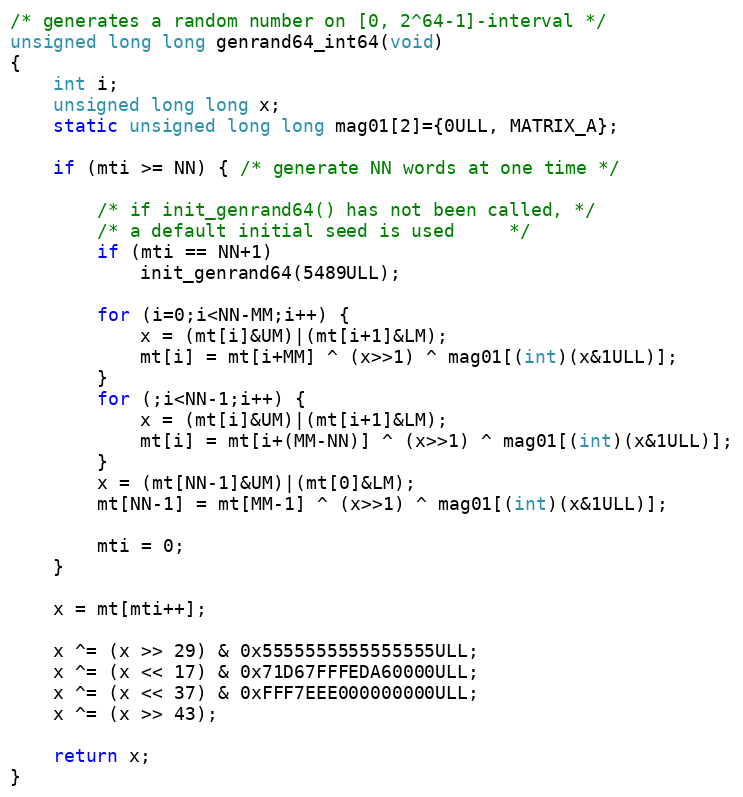
Language: C
/* generates a random number on [0, 2^64-1]-interval */
unsigned long long genrand64_int64(void)
{
    int i;
    unsigned long long x;
    static unsigned long long mag01[2]={0ULL, MATRIX_A};

    if (mti >= NN) { /* generate NN words at one time */

        /* if init_genrand64() has not been called, */
        /* a default initial seed is used     */
        if (mti == NN+1)
            init_genrand64(5489ULL);

        for (i=0;i<NN-MM;i++) {
            x = (mt[i]&UM)|(mt[i+1]&LM);
            mt[i] = mt[i+MM] ^ (x>>1) ^ mag01[(int)(x&1ULL)];
        }
        for (;i<NN-1;i++) {
            x = (mt[i]&UM)|(mt[i+1]&LM);
            mt[i] = mt[i+(MM-NN)] ^ (x>>1) ^ mag01[(int)(x&1ULL)];
        }
        x = (mt[NN-1]&UM)|(mt[0]&LM);
        mt[NN-1] = mt[MM-1] ^ (x>>1) ^ mag01[(int)(x&1ULL)];

        mti = 0;
    }

    x = mt[mti++];

    x ^= (x >> 29) & 0x5555555555555555ULL;
    x ^= (x << 17) & 0x71D67FFFEDA60000ULL;
    x ^= (x << 37) & 0xFFF7EEE000000000ULL;
    x ^= (x >> 43);

    return x;
}